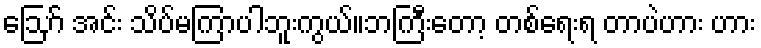
ဪ အင်း သိပ်မကြာပါဘူးကွယ်။ဘကြီးတော့ တစ်ရေးရ တာပဲဟား ဟား